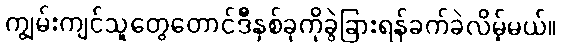
ကျွမ်းကျင်သူတွေတောင်ဒီနှစ်ခုကိုခွဲခြားရန်ခက်ခဲလိမ့်မယ်။